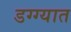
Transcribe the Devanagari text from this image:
डग्ग्यात